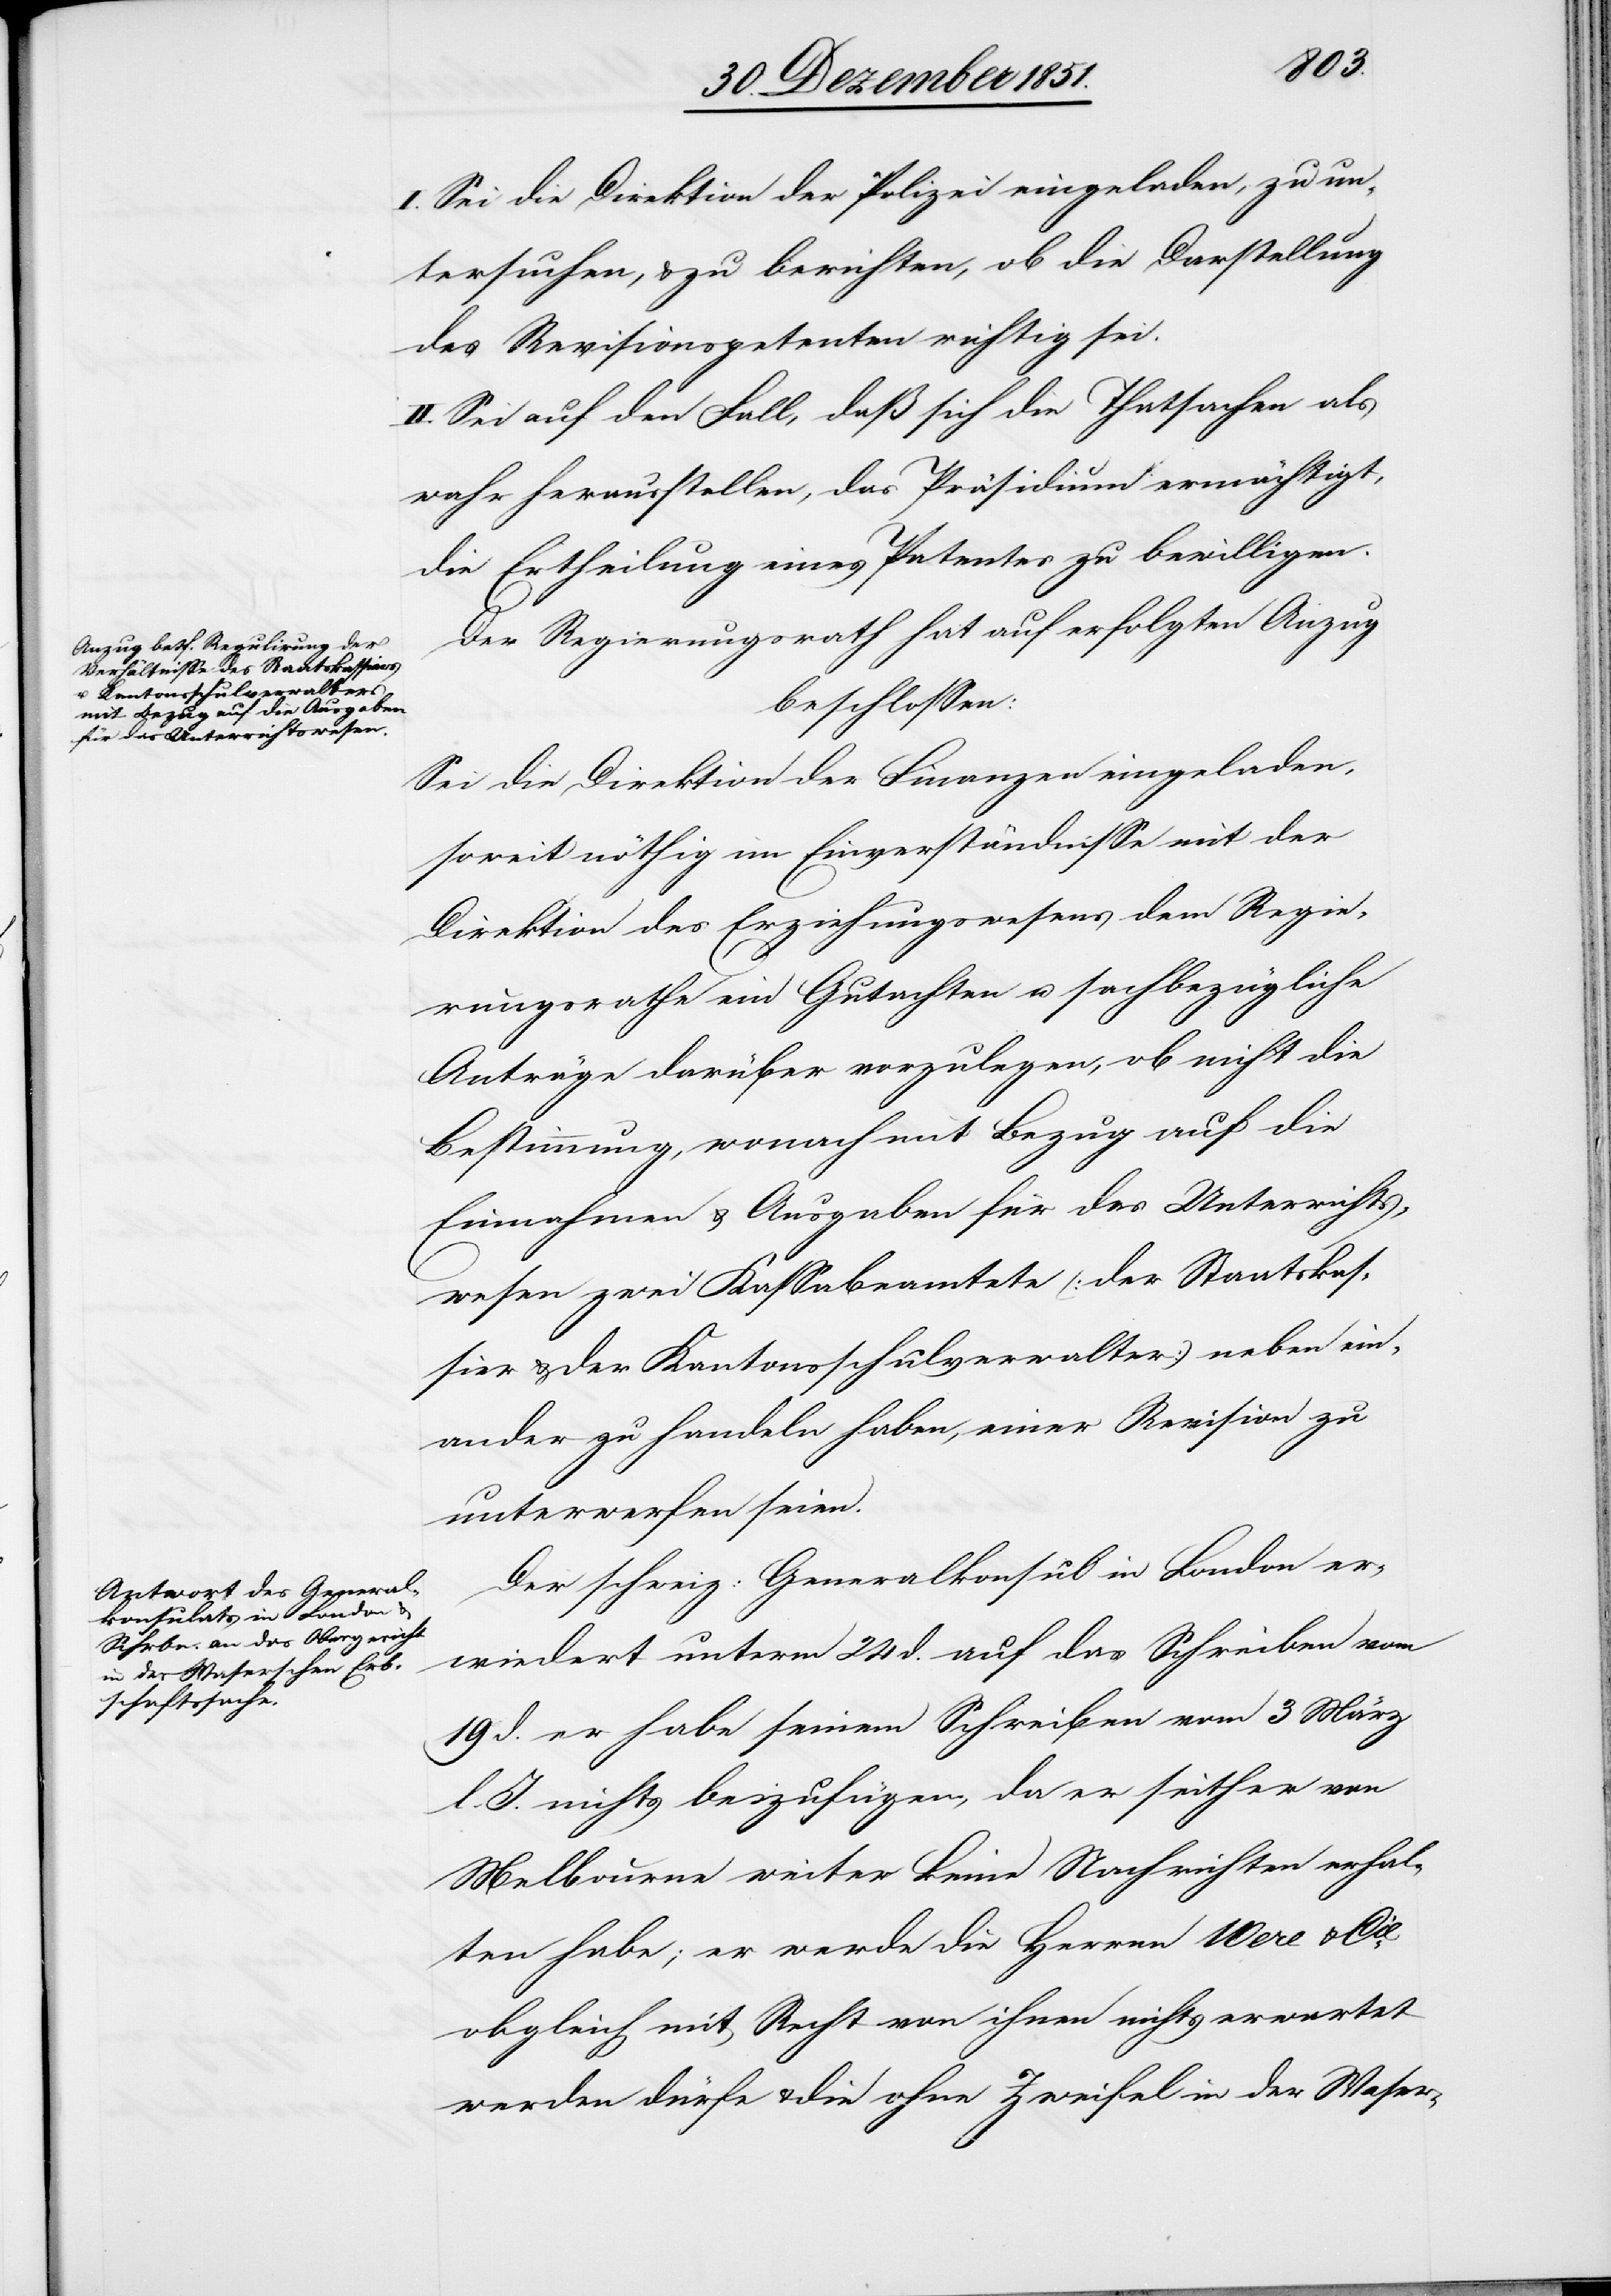
I. Sei die Direktion der Polizei eingeladen, zu un¬
tersuchen, & zu berichten, ob die Darstellung
des Revisionspetenten richtig sei.
II. Sei auf den Fall, daß sich die Thatsachen als
wahr herausstellen, das Präsidium ermächtigt,
die Ertheilung eines Patentes zu bewilligen.
Der Regierungsrath hat auf erfolgten Anzug
beschlossen:
Sei die Direktion der Finanzen eingeladen,
soweit nöthig im Einverständnisse mit der
Direktion des Erziehungswesens dem Regie¬
rungsrathe ein Gutachten u. sachbezügliche
Anträge darüber vorzulegen, ob nicht die
Bestimmung, wonach mit Bezug auf die
Einnahmen & Ausgaben für das Unterrichts¬
wesen zwei Kassabeamtete (der Staatskas¬
sier & der Kantonsschulverwalter) neben ein¬
ander zu handeln haben, einer Revision zu
unterwerfen seien
Der schweiz: Generalkonsul in London er¬
wiedert unterm 24 d. auf das Schreiben vom
19 d. er habe seinem Schreiben vom 3 März
l. J. nichts beizufügen, da er seither von
Melbourne weiter keine Nachrichten erhal¬
ten habe; er werde die Herren Were & Cie.
obgleich mit Recht von ihnen nichts erwartet
werden dürfe & die ohne Zweifel in der Waser-